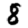
Digit: 8